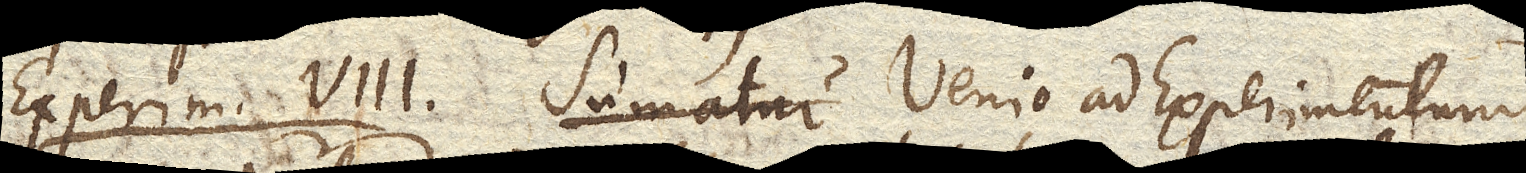
Experim. VIII. Sumatur Venio ad Experimentum